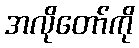
အလိုတော်ကို